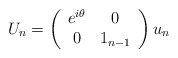
\begin{align*}U_n = \left( \begin{array}{cc} e^{i \theta} & 0 \\ 0 & 1_{n-1} \end{array} \right) u_n\end{align*}